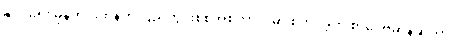
နိုင်ငံရေး မုန်တိုင်းထန်တဲ့ ပြည်တွင်းစစ်အစကာလမှာ စတင်ခဲ့တဲ့ စာပေဗိမာန်ဆုဟာ